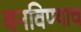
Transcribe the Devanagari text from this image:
बनविण्याच